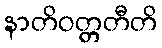
နာတိဝတ္တတီတိ